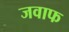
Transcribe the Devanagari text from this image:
जवाफ